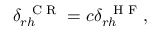
\delta _ { r h } ^ { \mathrm { ~ \scriptsize ~ C ~ R ~ } } = c \delta _ { r h } ^ { \mathrm { ~ \scriptsize ~ H ~ F ~ } } ,